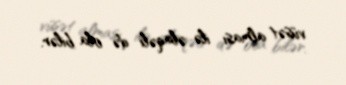
vüsət alması ilə əlaqəli də ola bilər.